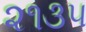
૨૧૩૫